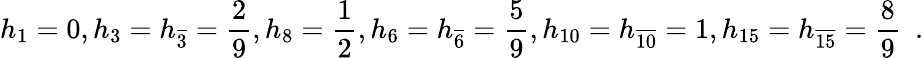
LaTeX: h_{1}=0,h_{3}=h_{\overline{{{3}}}}=\frac{2}{9},h_{8}=\frac{1}{2},h_{6}=h_{\overline{{{6}}}}=\frac{5}{9},h_{10}=h_{\overline{{{10}}}}=1,h_{15}=h_{\overline{{{15}}}}=\frac{8}{9}\ \ .